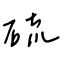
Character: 硫